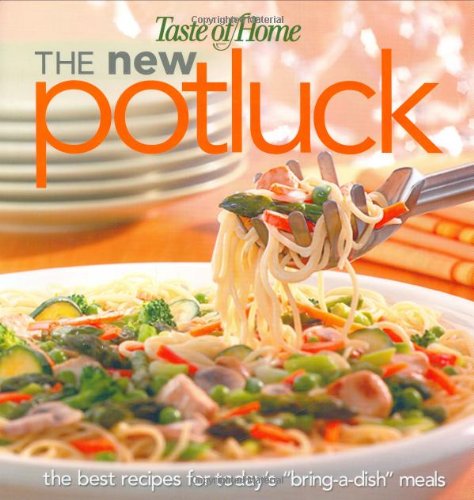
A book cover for Taste of Home:The New Potluck; Taste of Home Editors; Cookbooks, Food & Wine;